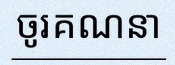
ចូរគណនា